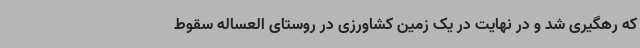
که رهگیری شد و در نهایت در یک زمین کشاورزی در روستای العساله سقوط